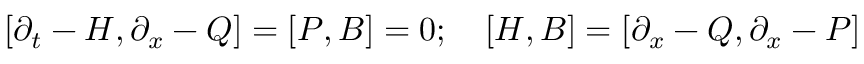
[ \partial _ { t } - H , \partial _ { x } - Q ] = [ P , B ] = 0 ; \quad [ H , B ] = [ \partial _ { x } - Q , \partial _ { x } - P ]